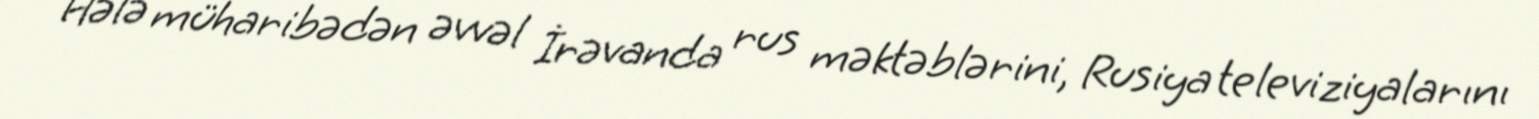
Hələ müharibədən əvvəl İrəvanda rus məktəblərini, Rusiya televiziyalarını